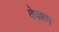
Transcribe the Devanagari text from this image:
देवात्म